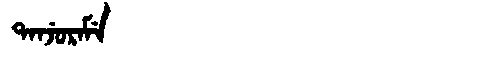
Manchu: ᡨᠠᠨᠵᡠᡵᠠᠮᡝ
Romanization: TANJURAME